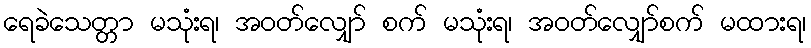
ရေခဲသေတ္တာ မသုံးရ၊ အဝတ်လျှော် စက် မသုံးရ၊ အဝတ်လျှော်စက် မထားရ၊